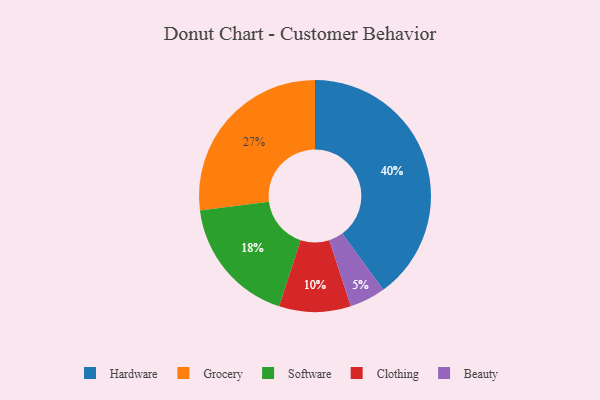
{"axis": {"x": "Category", "y": "Percentage"}, "legend": ["Beauty", "Clothing", "Grocery", "Hardware", "Software"], "data": [{"x": "Hardware", "y": 40, "type": "Hardware"}, {"x": "Clothing", "y": 10, "type": "Clothing"}, {"x": "Beauty", "y": 5, "type": "Beauty"}, {"x": "Grocery", "y": 27, "type": "Grocery"}, {"x": "Software", "y": 18, "type": "Software"}]}